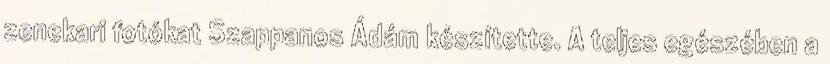
zenekari fotókat Szappanos Ádám készítette. A teljes egészében a